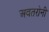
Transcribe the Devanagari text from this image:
अवतरोनी